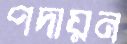
পদায়ন